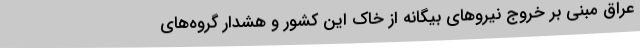
عراق مبنی بر خروج نیروهای بیگانه از خاک این کشور و هشدار گروه‌های